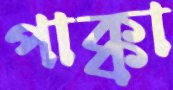
পাক্কা